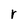
Character: r